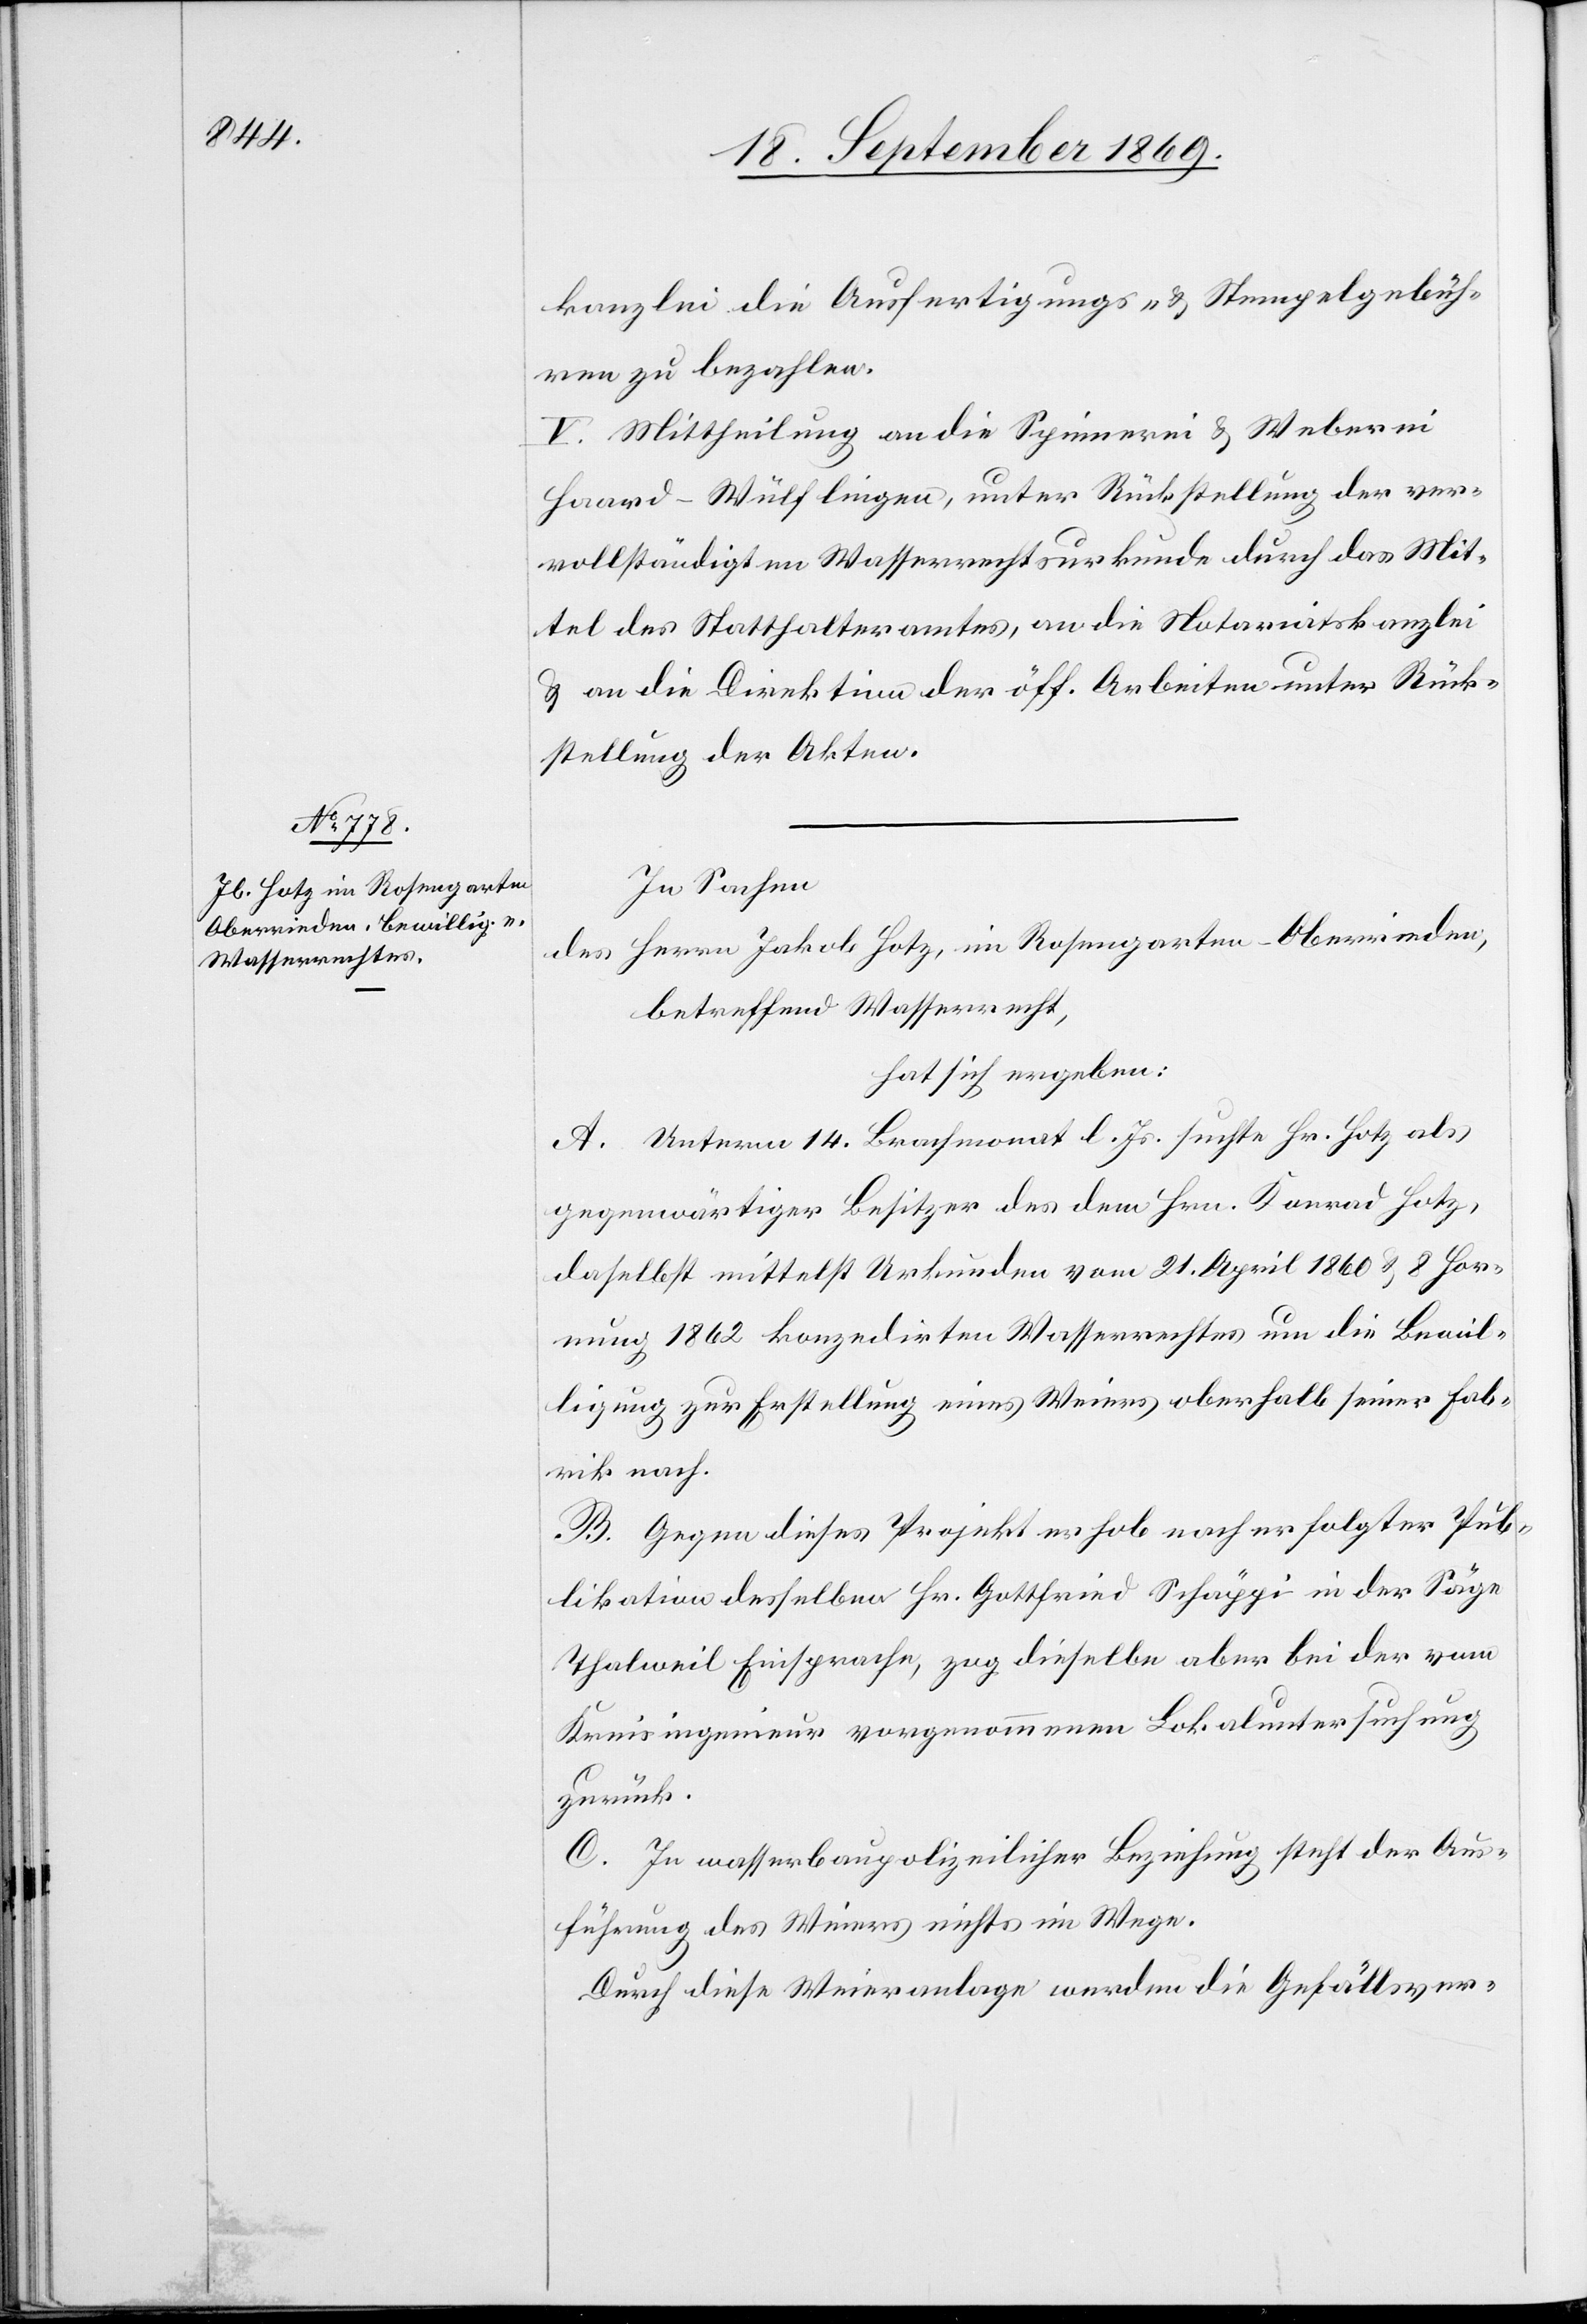
kanzlei die Ausfertigungs- & Stempelgebüh¬
ren zu bezahlen.
V. Mittheilung an die Spinnerei & Weberei
Haard - Wülflingen, unter Rückstellung der ver¬
vollständigten Wasserrechtsurkunde durch das Mit¬
tel des Statthalteramtes, an die Notariatskanzlei
& an die Direktion der öff. Arbeiten unter Rück¬
stellung der Akten.
In Sachen
Herrn Jakob Hotz, im Rosengarten - Oberrieden,
des
betreffend Wasserrecht,
hat sich ergeben:
A. Unterm 14. Brachmonat l. Js. suchte Hr. Hotz als
gegenwärtiger Besitzer des dem Hrn. Konrad Hotz,
daselbst mittelst Urkunden vom 21. April 1860 & 8 Hor¬
nung 1862 konzedirten Wasserrechtes um die Bewil¬
ligung zur Erstellung eines Weiers oberhalb seiner Fab¬
rik nach.
B. Gegen dieses Projekt erhob nach erfolgter Pub¬
likation desselben Hr. Gottfried Schäppi in der Säge
Thalweil Einsprache, zog dieselbe aber bei der vom
Kreisingenieur vorgenommenen Lokaluntersuchung
zurück.
C. In wasserbaupolizeilicher Beziehung steht der Aus¬
führung des Weiers nichts im Wege.
Durch diese Weieranlage werden die Gefällsver-